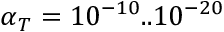
\alpha _ { T } = 1 0 ^ { - 1 0 } . . 1 0 ^ { - 2 0 }